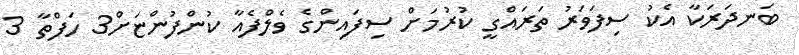
ބަނދަރަކާ އެކު ސިފަވަރު ތަރައްގީ ކުރުމަށް ސިފައިންގެ ވެލްފެއާ ކުންފުންޏަށް3 ހަފްތާ 3